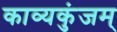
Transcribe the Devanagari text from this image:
काव्यकुंजम्